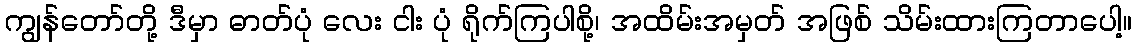
ကျွန်တော်တို့ ဒီမှာ ဓာတ်ပုံ လေး ငါး ပုံ ရိုက်ကြပါစို့၊ အထိမ်းအမှတ် အဖြစ် သိမ်းထားကြတာပေါ့။